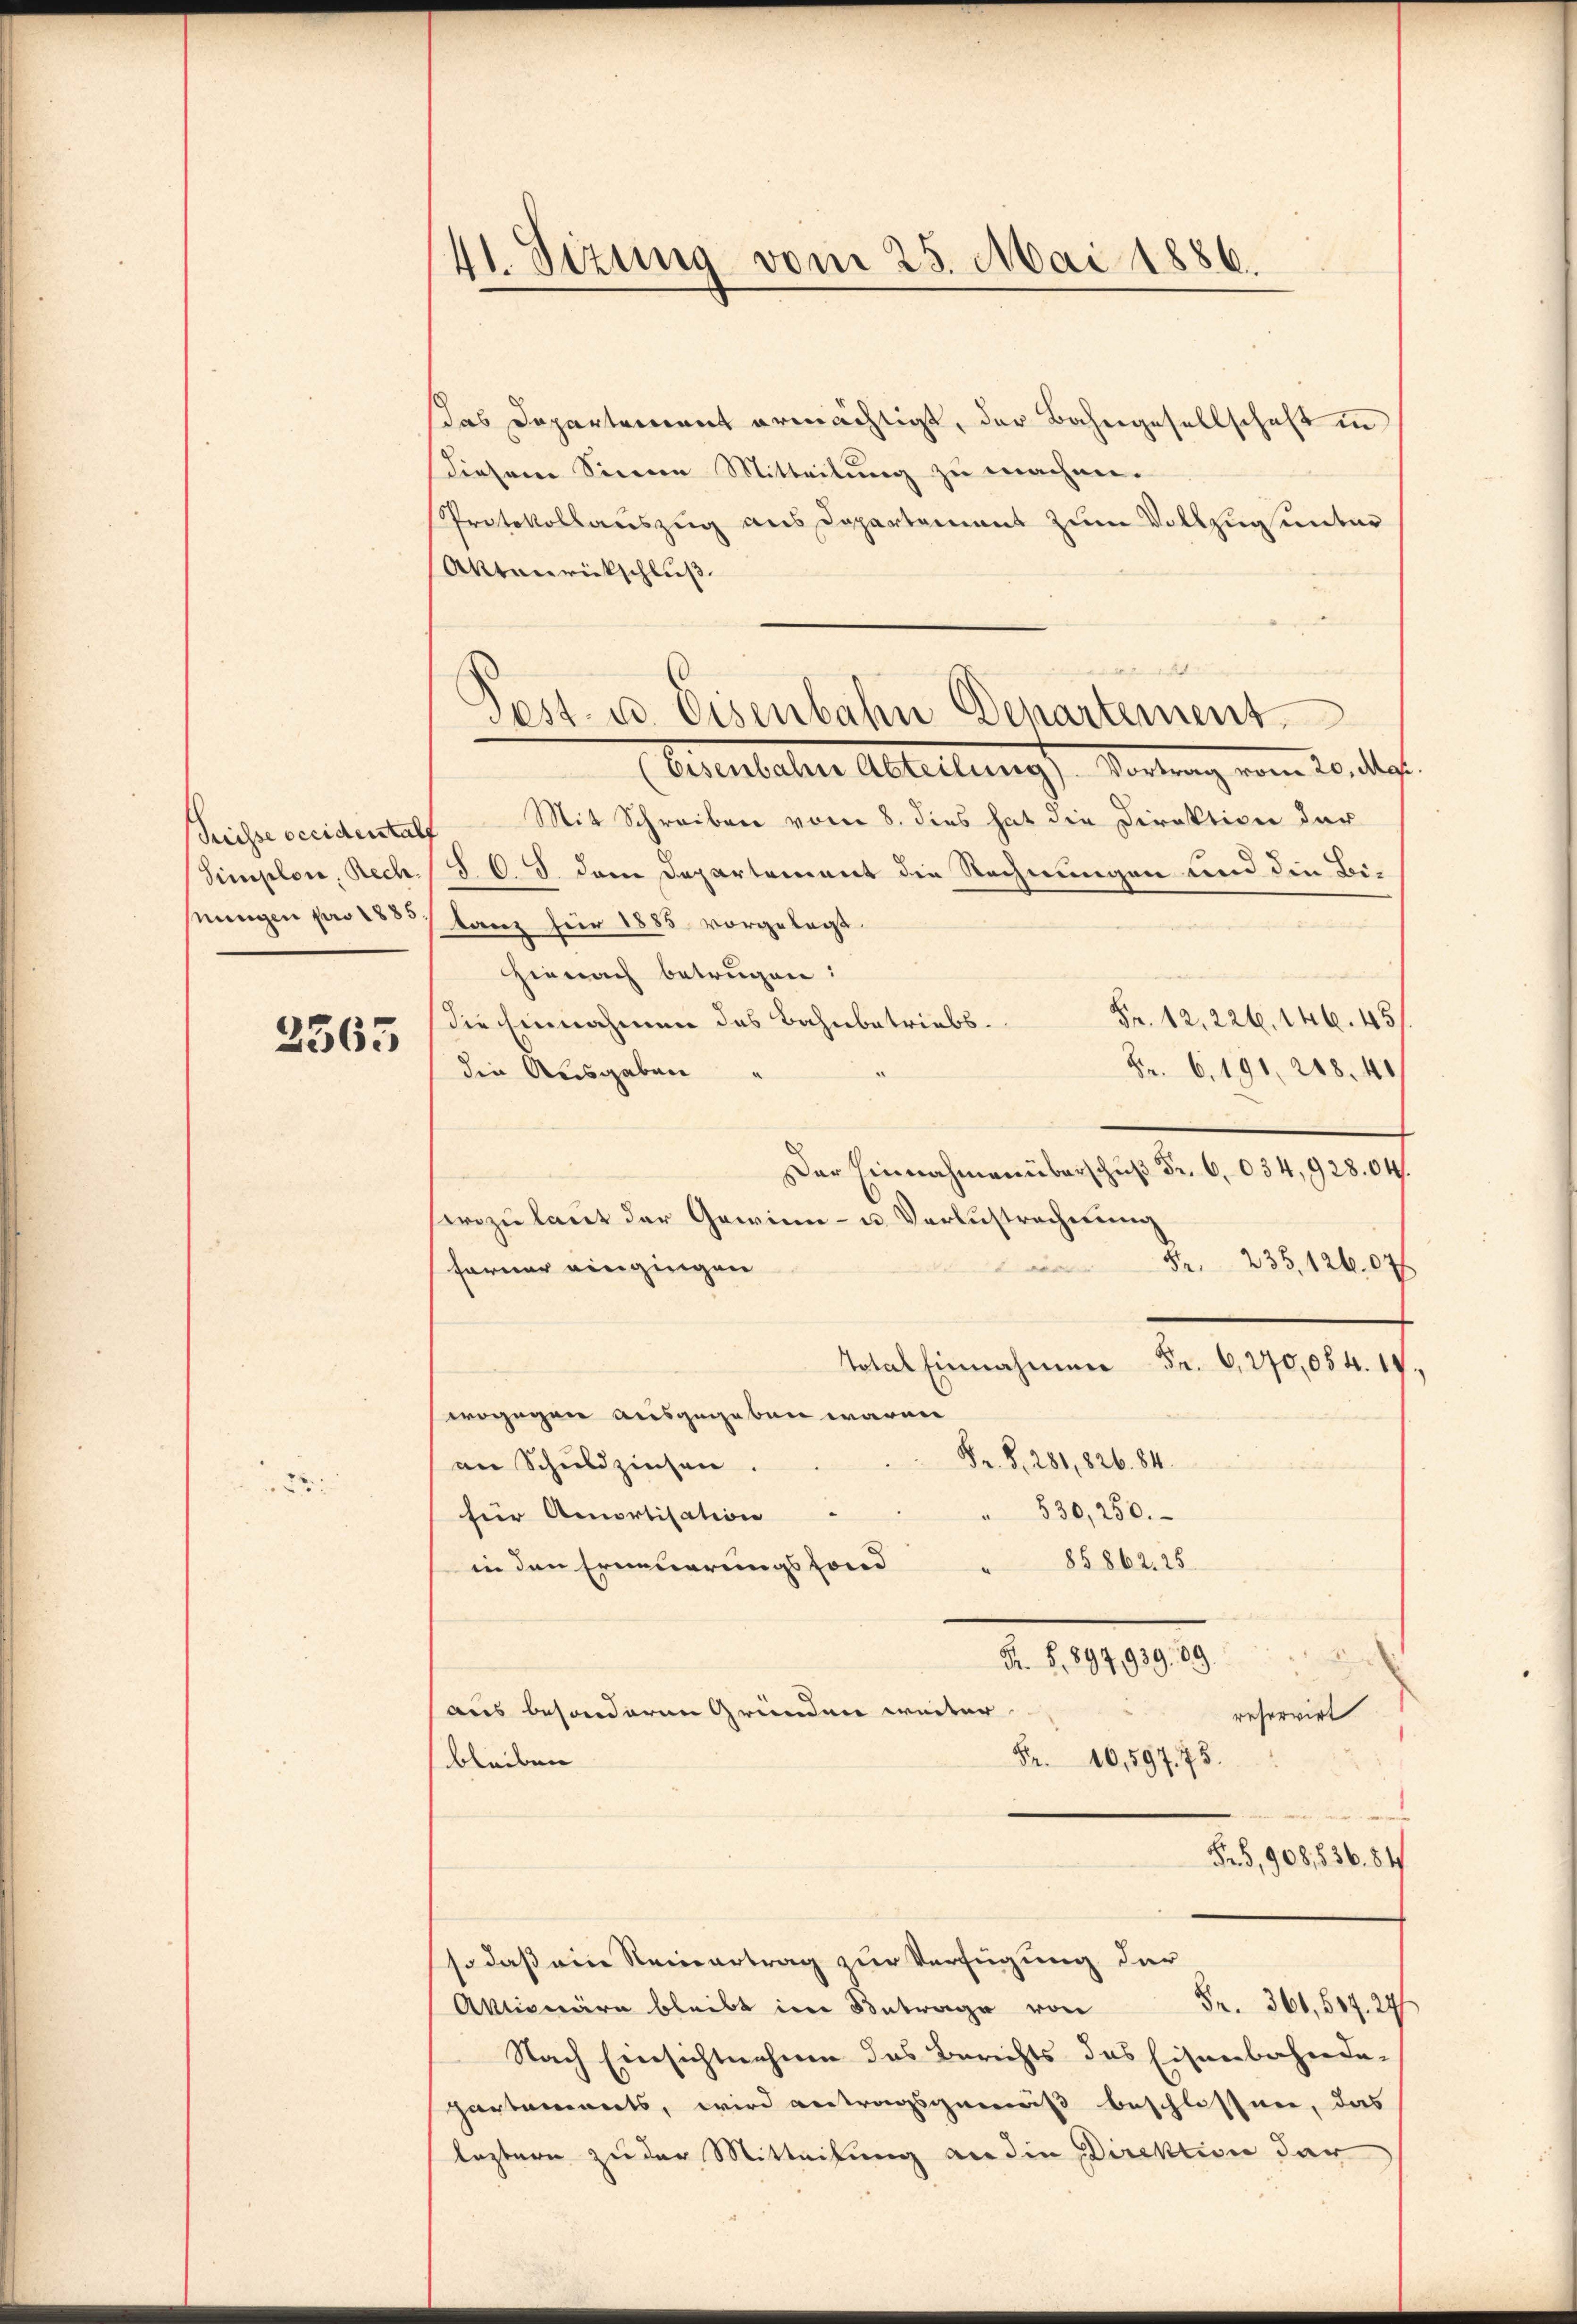
Suisse occidentals
Simplon, Rech
nungen pro 1885

3565

2

41. Sizung vom 25. Mai 1886.

Post- u. Eisenbahn Departement

das Departement ermächtigt, der Bahngesellschaft in
diesem Sinne Mitteilung zu machen.
Protokollauszug aus Departement zum Vollzug unter
Aktenrückschluß
Oetentaler Altellungs Vortung vom 20. ds.
Mit Schreiben vom 8. dies hat die Direktion der
§ 6 s. dem Departement die Rechnungen und die Bilanz für 1885 vorgelegt.
Hienach betrügen:
Fr. 12. 226. 146. 45
die Einnahmen des Bahnbetriebs
Fr. 6. 191, 248. 41
die Ausgaben
Der Einnahmen überschuß Fr. 6034, 928.04.
serzu laut der Gewinn- u. Verlustrechnung
Fr. 235. 12607
ferner eingingen
Total Einnahmen Fr. 6, 270,054. 19,
wogegen ausgegeben waren
F. S. 281, 826. 84.
an Schuldzinsen.
530,250.
für Amortisation
8§ 862. 25.
in den Erneuerungsfond
F. S. 894,939. 89.
aus besonderen Gründen weiter
reservirt
Fr. 10,59773.
bleiben
Fr. 5, 908,836. 84
so daß ein Steinertrag zur Verfügung der
Fr. 366, 607. 27/
Aktionäre bleibt im Betrage von
Nach Einsichtnahme des Berichts das Eisenbehinde-
hartements, wird antragsgemäß beschlossnen, das
leztern zu der Mitteilung an die Direktion dar